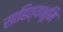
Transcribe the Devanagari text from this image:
साहित्यभूमि